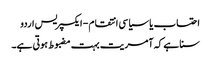
احتساب یا سیاسی انتقام - ایکسپریس اردو
سنا ہے کہ آمریت بہت مضبوط ہوتی ہے۔